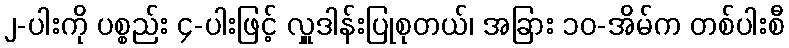
၂-ပါးကို ပစ္စည်း ၄-ပါးဖြင့် လှူဒါန်းပြုစုတယ်၊ အခြား ၁၀-အိမ်က တစ်ပါးစီ